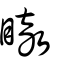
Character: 瞮